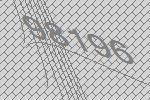
98196